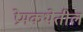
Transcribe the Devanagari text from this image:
प्रेमकथेतील